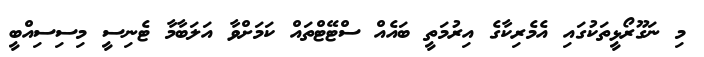
މި ނަގޫރޯޅީތަކުގައި އެމެރިކާގެ އިރުމަތީ ބައެއް ސްޓޭޓްތައް ކަމަށްވާ އަލަބާމާ ޓެނިސީ މިސިސިއްބީ